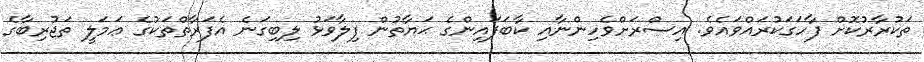
ތަކުރާރުކޮށް ފާހަގަކުރައްވައެވެ. އިސްރަށްވެހިންނާއި ކާބަފައިންގެ ޙަޔާތުން ފިލާވަޅު ލިބިގަނެ އެފަރާތްތަކުގެ ޢަމަލީ ތަޖުރިބާގެ